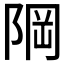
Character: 𨹽